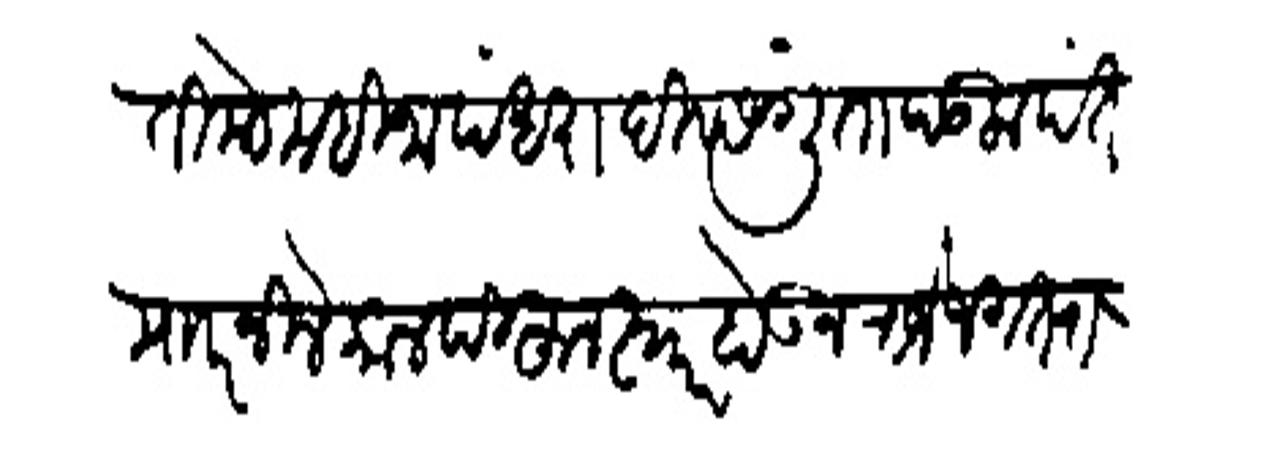
Transliteration (Devanagari): तिकडे महिना पंधरा दिवस गुंता पडला पंत मारनिले कालपोहन स्वार होऊन राजे जगतराज